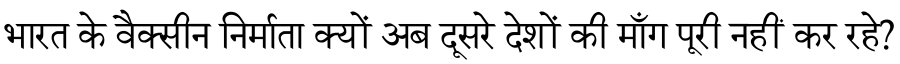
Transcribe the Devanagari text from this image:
भारत के वैक्सीन निर्माता क्यों अब दूसरे देशों की माँग पूरी नहीं कर रहे?